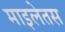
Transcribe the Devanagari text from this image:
माइलेतस